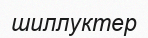
шиллуктер